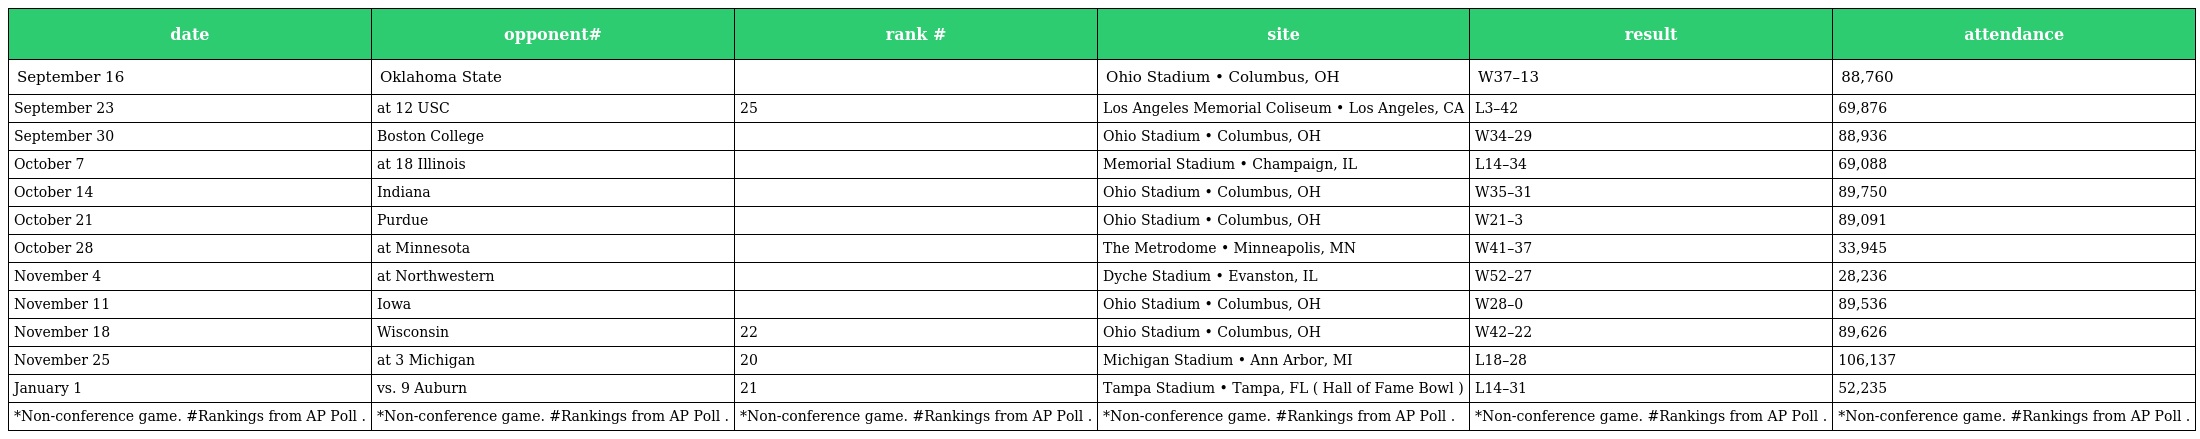
| date | opponent# | rank # | site | result | attendance |
 | --- | --- | --- | --- | --- | --- |
 | September 16 | Oklahoma State |  | Ohio Stadium • Columbus, OH | W37–13 | 88,760 |
 | September 23 | at 12 USC | 25 | Los Angeles Memorial Coliseum • Los Angeles, CA | L3–42 | 69,876 |
 | September 30 | Boston College |  | Ohio Stadium • Columbus, OH | W34–29 | 88,936 |
 | October 7 | at 18 Illinois |  | Memorial Stadium • Champaign, IL | L14–34 | 69,088 |
 | October 14 | Indiana |  | Ohio Stadium • Columbus, OH | W35–31 | 89,750 |
 | October 21 | Purdue |  | Ohio Stadium • Columbus, OH | W21–3 | 89,091 |
 | October 28 | at Minnesota |  | The Metrodome • Minneapolis, MN | W41–37 | 33,945 |
 | November 4 | at Northwestern |  | Dyche Stadium • Evanston, IL | W52–27 | 28,236 |
 | November 11 | Iowa |  | Ohio Stadium • Columbus, OH | W28–0 | 89,536 |
 | November 18 | Wisconsin | 22 | Ohio Stadium • Columbus, OH | W42–22 | 89,626 |
 | November 25 | at 3 Michigan | 20 | Michigan Stadium • Ann Arbor, MI | L18–28 | 106,137 |
 | January 1 | vs. 9 Auburn | 21 | Tampa Stadium • Tampa, FL ( Hall of Fame Bowl ) | L14–31 | 52,235 |
 | *Non-conference game. #Rankings from AP Poll . | *Non-conference game. #Rankings from AP Poll . | *Non-conference game. #Rankings from AP Poll . | *Non-conference game. #Rankings from AP Poll . | *Non-conference game. #Rankings from AP Poll . | *Non-conference game. #Rankings from AP Poll . |